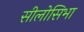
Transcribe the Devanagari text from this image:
सीलोसिभा